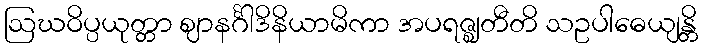
ဩဃဝိပ္ပယုတ္တာ ဈာနင်္ဂါဒိနိယာမိကာ အပရဇ္ဈတီတိ သဥပါဓေယျန္တိ